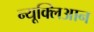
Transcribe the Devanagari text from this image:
न्यूक्लिआन